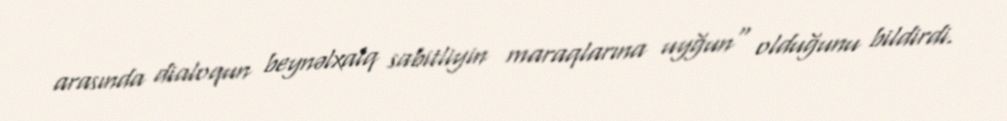
arasında dialoqun beynəlxalq sabitliyin maraqlarına uyğun" olduğunu bildirdi.